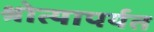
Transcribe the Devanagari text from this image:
श्रोत्यापर्यत